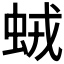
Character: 𧊕